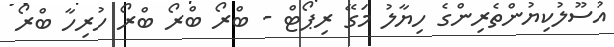
އުސޫލުކިޔުންތެރިންގެ ހިޔާލު މަގޭ ރިޕޯޓް - ބްރޯ ބްރޯ ބްރޯ ހުރިހާ ބްރޯ